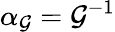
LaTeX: \alpha_{\mathcal{G}}=\mathcal{G}^{-1}